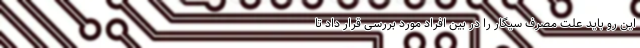
این رو باید علت مصرف سیگار را در بین افراد مورد بررسی قرار داد تا